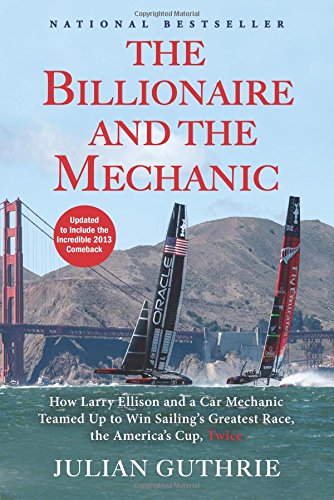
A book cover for The Billionaire and the Mechanic: How Larry Ellison and a Car Mechanic Teamed up to Win Sailing's Greatest Race, the Americas Cup, Twice; Julian Guthrie; Engineering & Transportation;